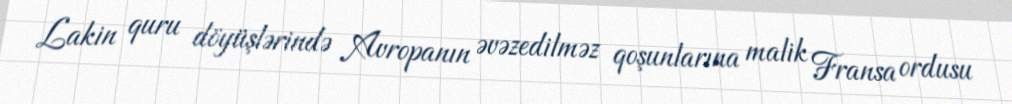
Lakin quru döyüşlərində Avropanın əvəzedilməz qoşunlarına malik Fransa ordusu